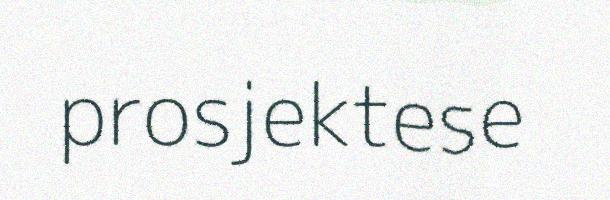
prosjektese